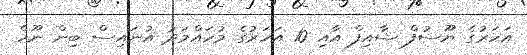
އަހަރުގެ ޔޫސުފް ޝާއިފް އާއި 10 އަހަރުގެ މުހައްމަދު އުނައިސް ބިން ނޫހް